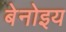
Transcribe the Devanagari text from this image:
बेनोइय